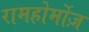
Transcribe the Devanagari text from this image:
रामहोर्मोज़